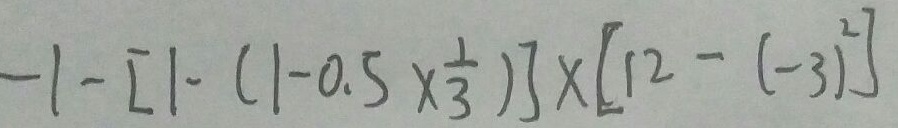
- 1 - [ 1 - ( 1 - 0 . 5 \times \frac { 1 } { 3 } ) ] \times [ 1 2 - ( - 3 ) ^ { 2 } ]